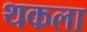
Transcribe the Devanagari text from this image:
थकला